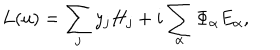
L ( u ) = \sum _ { j } y _ { j } H _ { j } + i \sum _ { \alpha } \Phi _ { \alpha } E _ { \alpha } ,